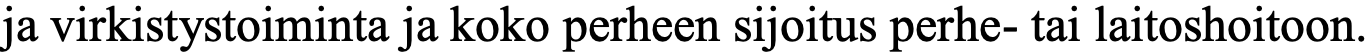
ja virkistystoiminta ja koko perheen sijoitus perhe- tai laitoshoitoon.